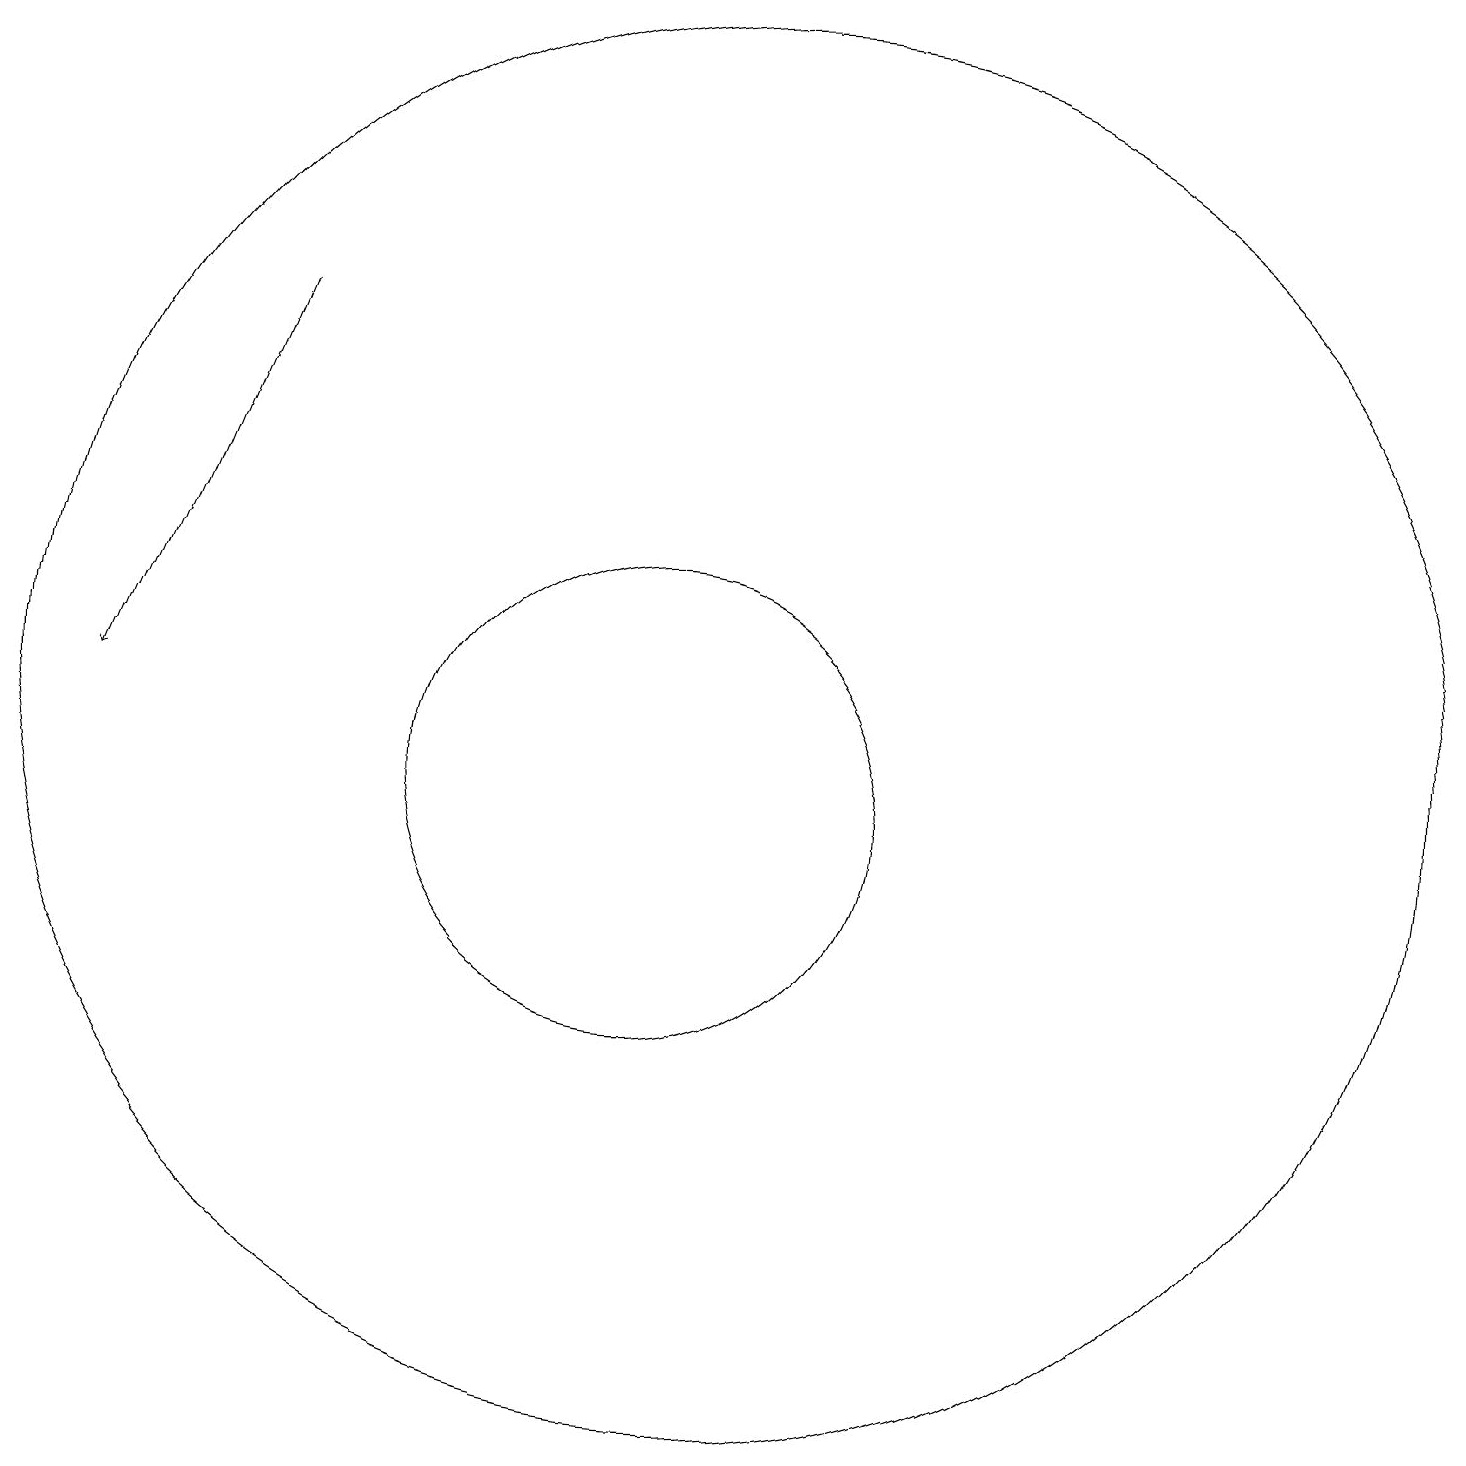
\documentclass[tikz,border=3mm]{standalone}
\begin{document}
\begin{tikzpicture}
\draw (11,11) circle (3);
\draw (12,12) circle (9);
\draw[->] (6,17) -- (4,12);
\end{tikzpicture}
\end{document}